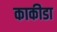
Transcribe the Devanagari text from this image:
काकीडा